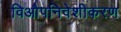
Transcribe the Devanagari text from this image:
विऔपनिवेशीकरण